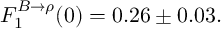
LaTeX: F _ { 1 } ^ { B \to \rho } ( 0 ) = 0 . 2 6 \pm 0 . 0 3 .